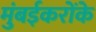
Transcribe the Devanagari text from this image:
मुंबईकरोंके